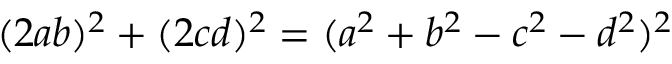
( 2 a b ) ^ { 2 } + ( 2 c d ) ^ { 2 } = ( a ^ { 2 } + b ^ { 2 } - c ^ { 2 } - d ^ { 2 } ) ^ { 2 }